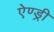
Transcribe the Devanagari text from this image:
ऐण्ड्री